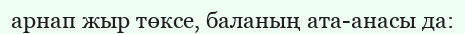
арнап жыр төксе, баланың ата-анасы да: